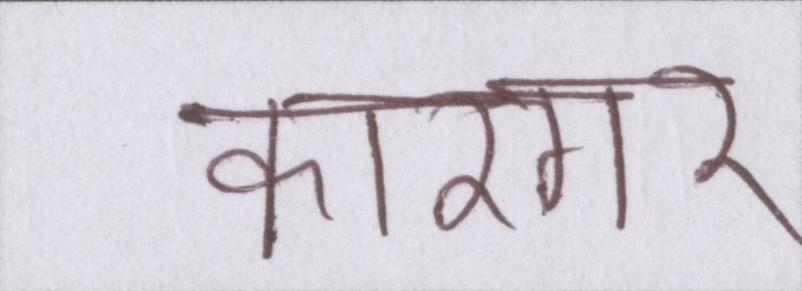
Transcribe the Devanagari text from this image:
कारगर